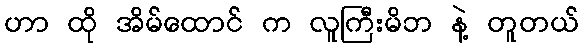
ဟာ ထို အိမ်ထောင် က လူကြီးမိဘ နဲ့ တူတယ်